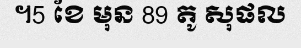
។5 ខែ មុន 89 តូ សុផល